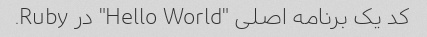
کد یک برنامه اصلی "Hello World" در Ruby.